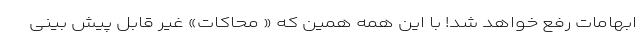
ابهامات رفع خواهد شد! با این همه همین که « محاکات» غیر قابل پیش بینی